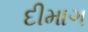
દીમાગ